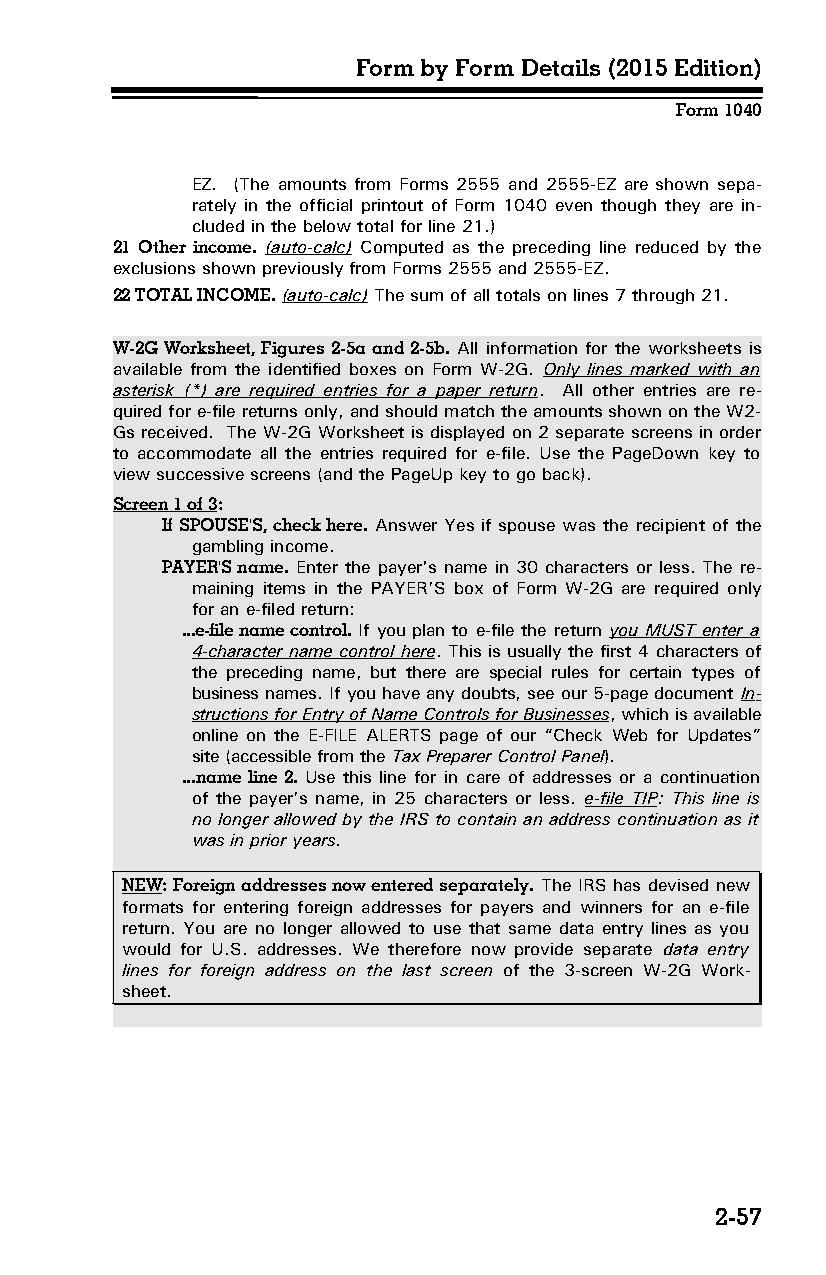
Form by Form Details (2015 Edition)
 Form 1040
 EZ. (The amounts from Forms 2555 and 2555-EZ are shown sepa­
 rately in the official printout of Form 1040 even though they are in­
 cluded in the below total for line 21.)
 21 Other income. (auto-calc) Computed as the preceding line reduced by the
 exclusions shown previously from Forms 2555 and 2555-EZ.
 22 TOTAL INCOME. (auto-calc) The sum of all totals on lines 7 through 21.
 W-2G Worksheet, Figures 2-5a and 2-5b. All information for the worksheets is
 available from the identified boxes on Form W-2G. Only lines marked with an
 asterisk (*) are required entries for a paper return. All other entries are re­
 quired for e-file returns only, and should match the amounts shown on the W2-
 Gs received. The W-2G Worksheet is displayed on 2 separate screens in order
 to accommodate all the entries required for e-file. Use the PageDown key to
 view successive screens (and the PageUp key to go back).
 Screen 1 of 3:
 If SPOUSE'S, check here. Answer Yes if spouse was the recipient of the
 gambling income.
 PAYER'S name. Enter the payer's name in 30 characters or less. The re­
 maining items in the PAYER’S box of Form W-2G are required only
 for an e-filed return:
 ...e-file name control. If you plan to e-file the return you MUST enter a
 4-character name control here. This is usually the first 4 characters of
 the preceding name, but there are special rules for certain types of
 business names. If you have any doubts, see our 5-page document In­
 structions for Entry of Name Controls for Businesses, which is available
 online on the E-FILE ALERTS page of our “Check Web for Updates”
 site (accessible from the Tax Preparer Control Panel).
 ...name line 2. Use this line for in care of addresses or a continuation
 of the payer’s name, in 25 characters or less. e-file TIP: This line is
 no longer allowed by the IRS to contain an address continuation as it
 was in prior years.
 NEW: Foreign addresses now entered separately. The IRS has devised new
 formats for entering foreign addresses for payers and winners for an e-file
 return. You are no longer allowed to use that same data entry lines as you
 would for U.S. addresses. We therefore now provide separate data entry
 lines for foreign address on the last screen of the 3-screen W-2G Work­
 sheet.
 2-57